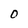
Character: 0